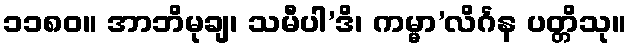
၁၁၈၀။ အာဘိမုချ၊ သမီပါ’ဒိ၊ ကမ္မာ’လိင်္ဂန ပတ္တိသု။